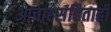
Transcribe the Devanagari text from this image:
आचारसंहिताही